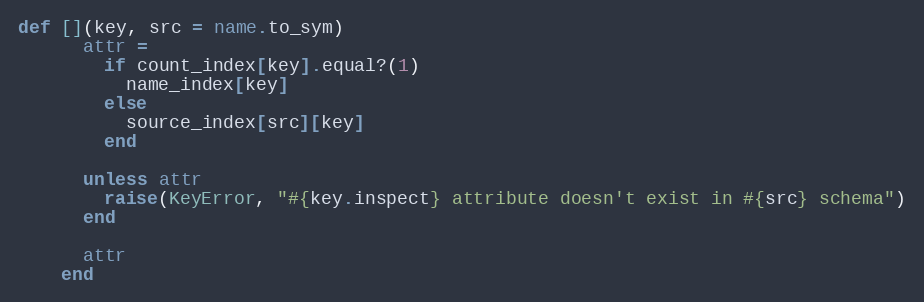
Language: Ruby
def [](key, src = name.to_sym)
      attr =
        if count_index[key].equal?(1)
          name_index[key]
        else
          source_index[src][key]
        end

      unless attr
        raise(KeyError, "#{key.inspect} attribute doesn't exist in #{src} schema")
      end

      attr
    end